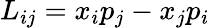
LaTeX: L_{ij}=x_{i}p_{j}-x_{j}p_{i}